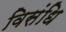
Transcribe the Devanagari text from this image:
विसंधि